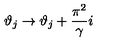
\vartheta _ { j } \rightarrow \vartheta _ { j } + \displaystyle \frac { \pi ^ { 2 } } { \gamma } i